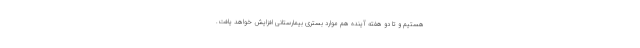
هستیم و تا دو هفته آینده هم موارد بستری بیمارستانی افزایش خواهد یافت.